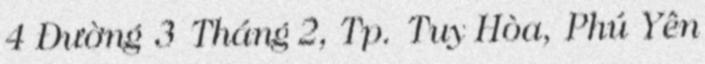
4 Đường 3 Tháng 2, Tp. Tuy Hòa, Phú Yên